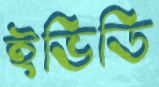
ইভিডি